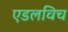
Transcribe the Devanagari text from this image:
एडलविच